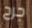
جرح